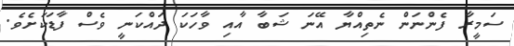
ސަމީރާ ފެންނަން ނެތިއްޔާ އޭނަ ޝަބާ އާއި ވާހަކަ ދައްކަނީ ވެސް ފާޑަކަށެވެ.